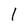
Character: 1